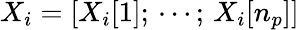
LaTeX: X_{i}=[X_{i}[1];\, \cdots;\, X_{i}[n_{p}]]